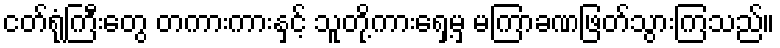
ငတ်ရုံကြီးတွေ တကားကားနှင့် သူတို့ကားရှေ့မှ မကြာခဏဖြတ်သွားကြသည်။